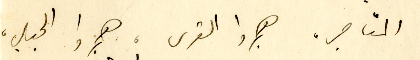
المتاجر، هجروا القرى، هجروا الحباب،